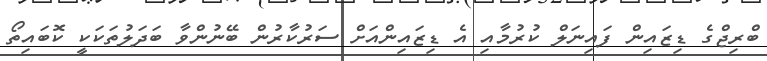
ބްރިޖްގެ ޑިޒައިން ފައިނަލް ކުރުމާއި އެ ޑިޒައިންއަށް ސަރުކާރުން ބޭނުންވާ ބަދަލުތަކަކީ ކޮބައިތޯ